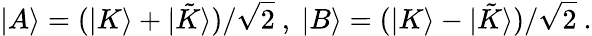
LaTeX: |A\rangle=(|K\rangle+|{\tilde{K}}\rangle)/\sqrt{2}\ ,\ |B\rangle=(|K\rangle-|{\tilde{K}}\rangle)/\sqrt{2}\ .